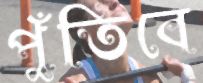
পুঁতিবে